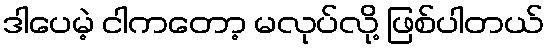
ဒါပေမဲ့ ငါကတော့ မလုပ်လို့ ဖြစ်ပါတယ်